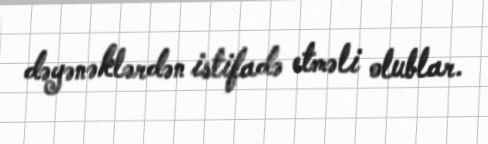
dəyənəklərdən istifadə etməli olublar.